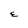
Character: E